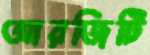
আরজিটি